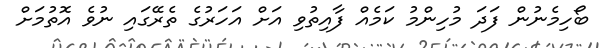
ބޯހިމެނުން ފަދަ މުހިންމު ކަމެއް ފާއިތުވި އަށް އަހަރުގެ ތެރޭގައި ނުވެ އޮތުމަށް